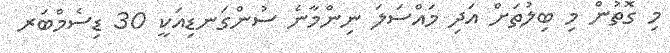
މި ގޮތުން މި ބިލުތަށް އަދި މައްސަލަ ނިންމާނެ ސުންގަނޑިއަކީ 30 ޑިސެމްބަރ